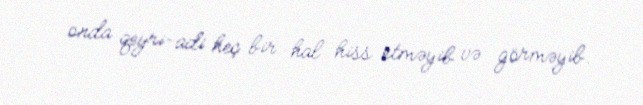
onda qeyri-adi heç bir hal hiss etməyib və görməyib.